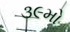
૩૯મો